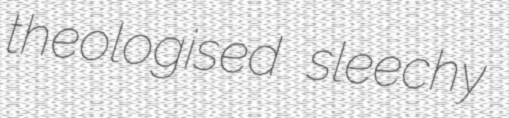
theologised sleechy